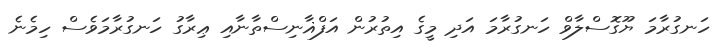
ހަނގުރާމަ ޔޫގޮސްލާވް ހަނގުރާމަ އަދި މީގެ އިތުރުން އަފްޣާނިސްތާނާއި ޢިރާގު ހަނގުރާމަވެސް ހިމެނެ